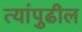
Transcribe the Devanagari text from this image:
त्यांपुढील